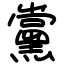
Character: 黨